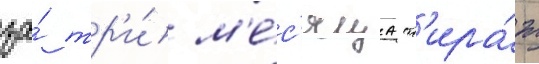
за́ тр'и́ м'е́с'яца т'ира́ж